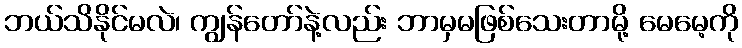
ဘယ်သိနိုင်မလဲ၊ ကျွန်တော်နဲ့လည်း ဘာမှမဖြစ်သေးတာမို့ မေမေ့ကို